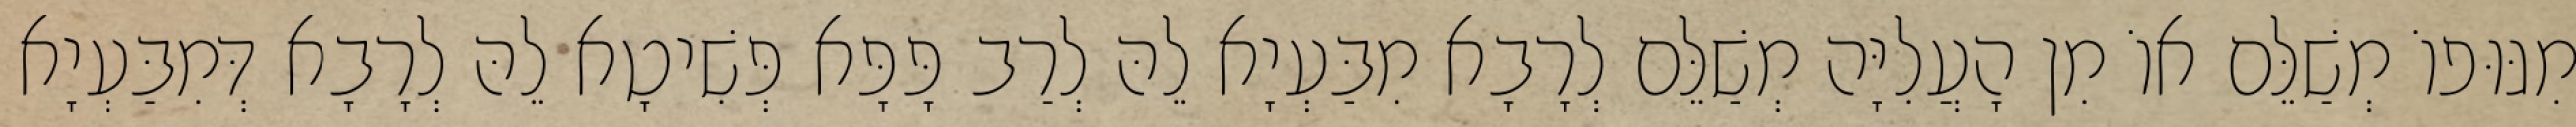
מִגּוּפוֹ מְשַׁלֵּם אוֹ מִן הָעֲלִיָּה מְשַׁלֵּם לְרָבָא מִבַּעְיָא לֵהּ לְרַב פָּפָּא פְּשִׁיטָא לֵהּ לְרָבָא דְּמִבַּעְיָא